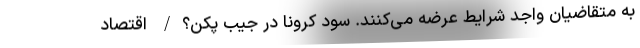
به متقاضیان واجد شرایط عرضه می‌کنند. سود کرونا در جیب پکن؟/ اقتصاد